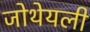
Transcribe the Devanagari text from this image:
जोथेयली